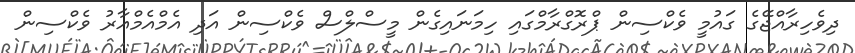
ދިވެހިރާއްޖޭގެ ގައުމީ ވެކްސިން ޕްރޮގްރާމްގައި ހިމަނައިގެން މީސްލްސް ވެކްސިން އަދި އެމްއެމްއާރު ވެކްސިން